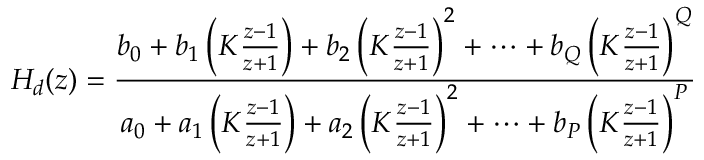
H _ { d } ( z ) = { \frac { b _ { 0 } + b _ { 1 } \left( K { \frac { z - 1 } { z + 1 } } \right) + b _ { 2 } \left( K { \frac { z - 1 } { z + 1 } } \right) ^ { 2 } + \cdots + b _ { Q } \left( K { \frac { z - 1 } { z + 1 } } \right) ^ { Q } } { a _ { 0 } + a _ { 1 } \left( K { \frac { z - 1 } { z + 1 } } \right) + a _ { 2 } \left( K { \frac { z - 1 } { z + 1 } } \right) ^ { 2 } + \cdots + b _ { P } \left( K { \frac { z - 1 } { z + 1 } } \right) ^ { P } } }